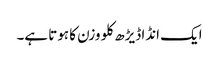
ایک انڈا ڈیڑھ کلو وزن کا ہوتا ہے۔